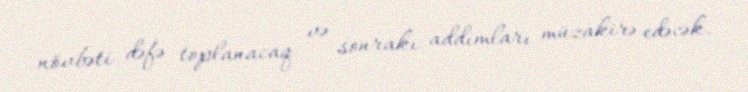
növbəti dəfə toplanacaq və sonrakı addımları müzakirə edəcək.